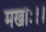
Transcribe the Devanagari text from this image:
मखाः।।